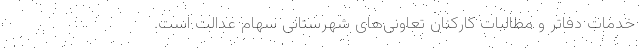
خدمات دفاتر و مطالبات کارکنان تعاونی‌های شهرستانی سهام عدالت است.